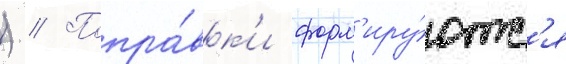
) // Попра́вк'и форм'иру́ютс'я